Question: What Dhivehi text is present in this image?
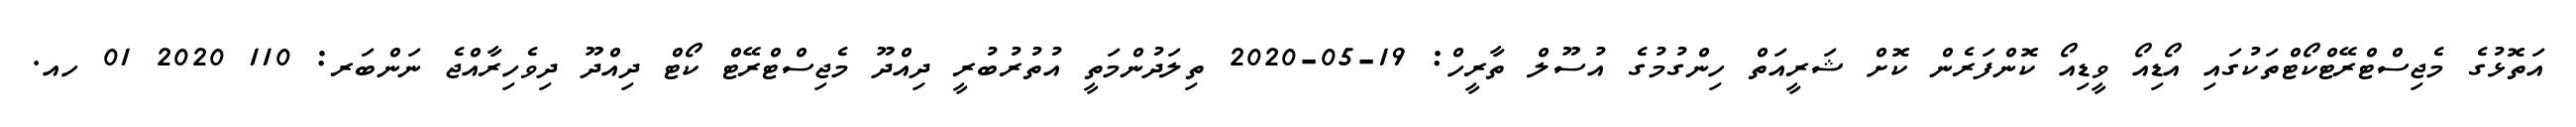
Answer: އަތޮޅުގެ މެޖިސްޓްރޭޓްކޯޓްތަކުގައި އޯޑިއޯ ވީޑިއޯ ކޮންފަރެން ކޮށް ޝަރީއަތް ހިންގުމުގެ އުސޫލް ތާރީހް: 19-05-2020 ތިލަދުންމަތީ އުތުރުބުރީ ދިއްދޫ މެޖިސްޓްރޭޓް ކޯޓް ދިއްދޫ ދިވެހިރާއްޖެ ނަންބަރ: 110 2020 01 ހއ.